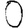
Digit: 0